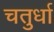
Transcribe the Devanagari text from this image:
चतुर्धा